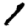
Digit: 1